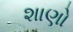
શાણો